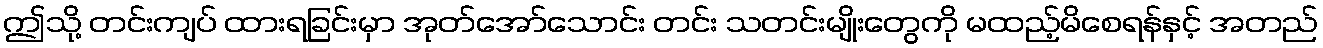
ဤသို့ တင်းကျပ် ထားရခြင်းမှာ အုတ်အော်သောင်း တင်း သတင်းမျိုးတွေကို မထည့်မိစေရန်နှင့် အတည်